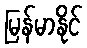
မြန်မာနိုင်